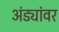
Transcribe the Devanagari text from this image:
अंड्यांवर